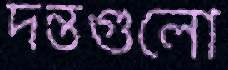
দন্তগুলো